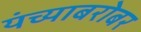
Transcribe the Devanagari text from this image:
यंच्याबरोबर